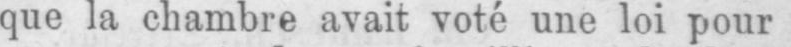
que la chambre avait voté une loi pour